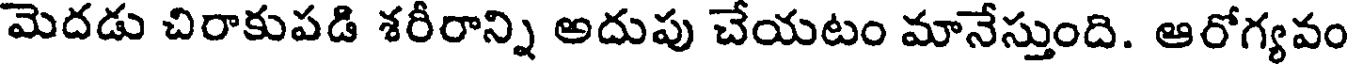
మెదడు చిరాకుపడి శరీరాన్ని అదుపు చేయటం మానేస్తుంది. ఆరోగ్యవం